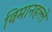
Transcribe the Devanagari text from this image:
विमानहल्ले